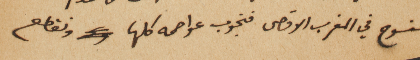
سنسوح في المغرب الاقصى فنجوب عواصمه كلها ونقطع